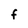
Character: f